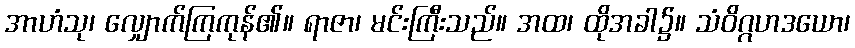
အာဟံသု၊ လျှောက်ကြကုန်၏။ ရာဇာ၊ မင်းကြီးသည်။ အထ၊ ထိုအခါ၌။ သံဝိဂ္ဂဟဒယော၊